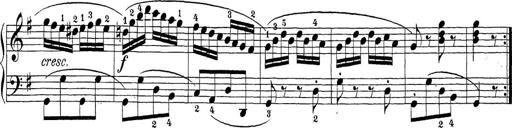
Title: Sonatina Album
Composer: Louis KÃ¶hler